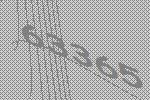
63365